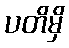
ပတိမှိ